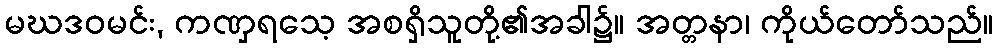
မဃဒဝမင်း, ကဏှရသေ့ အစရှိသူတို့၏အခါ၌။ အတ္တနာ၊ ကိုယ်တော်သည်။